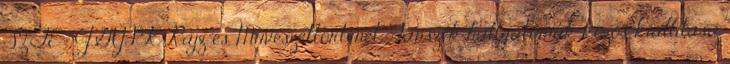
SZTE- JGYPK Rajz és Művészettörténet Tanszék hallgatóinak közös kiállítása